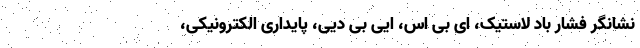
نشانگر فشار باد لاستیک، ای بی اس، ایی بی دیی، پایداری الکترونیکی،